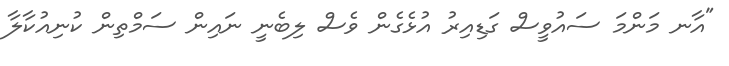
"އާނ މަންމަ ސައުވީސް ގަޑިއިރު އުޅެގެން ވެސް ލިބެނީ ނައިން ސަމްތިން ކުނިއުކާލާ